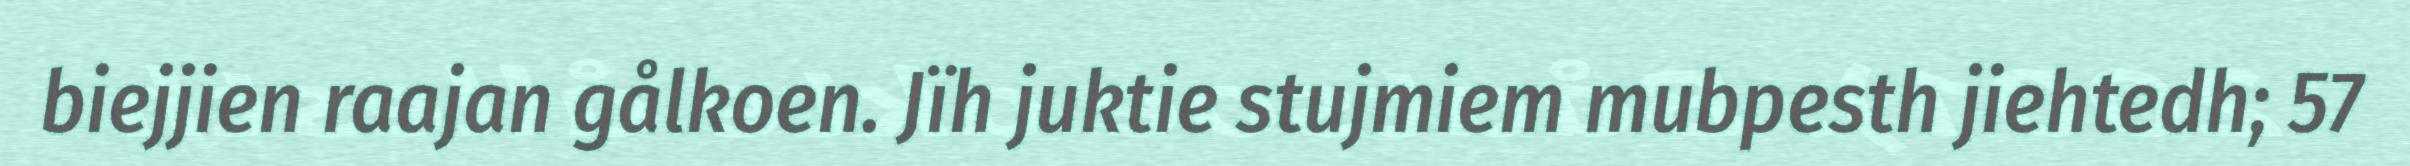
biejjien raajan gålkoen. Jïh juktie stujmiem mubpesth jiehtedh; 57